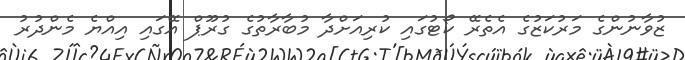
ޒުވާނުންގެ މަރުކަޒުގެ އެތެރޭ ކޯޓުގައި ކުރިއަށްދާ މުބާރާތުގެ ގުރޫޕް އޭގައި އިއްޔެ މެންދުރު